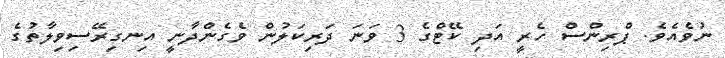
ނުވެއެވެ. ޕްރިންސް ހެރީ އަދި ކޭޓްގެ 3 ވަނަ ދަރިކަލުން ވެގެންދާނީ އިނގިރޭސިވިލާތުގެ